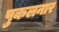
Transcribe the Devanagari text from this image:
पुकलनार